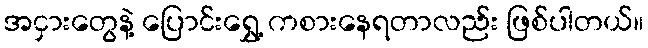
အငှားတွေနဲ့ ပြောင်းရွှေ့ ကစားနေရတာလည်း ဖြစ်ပါတယ်။